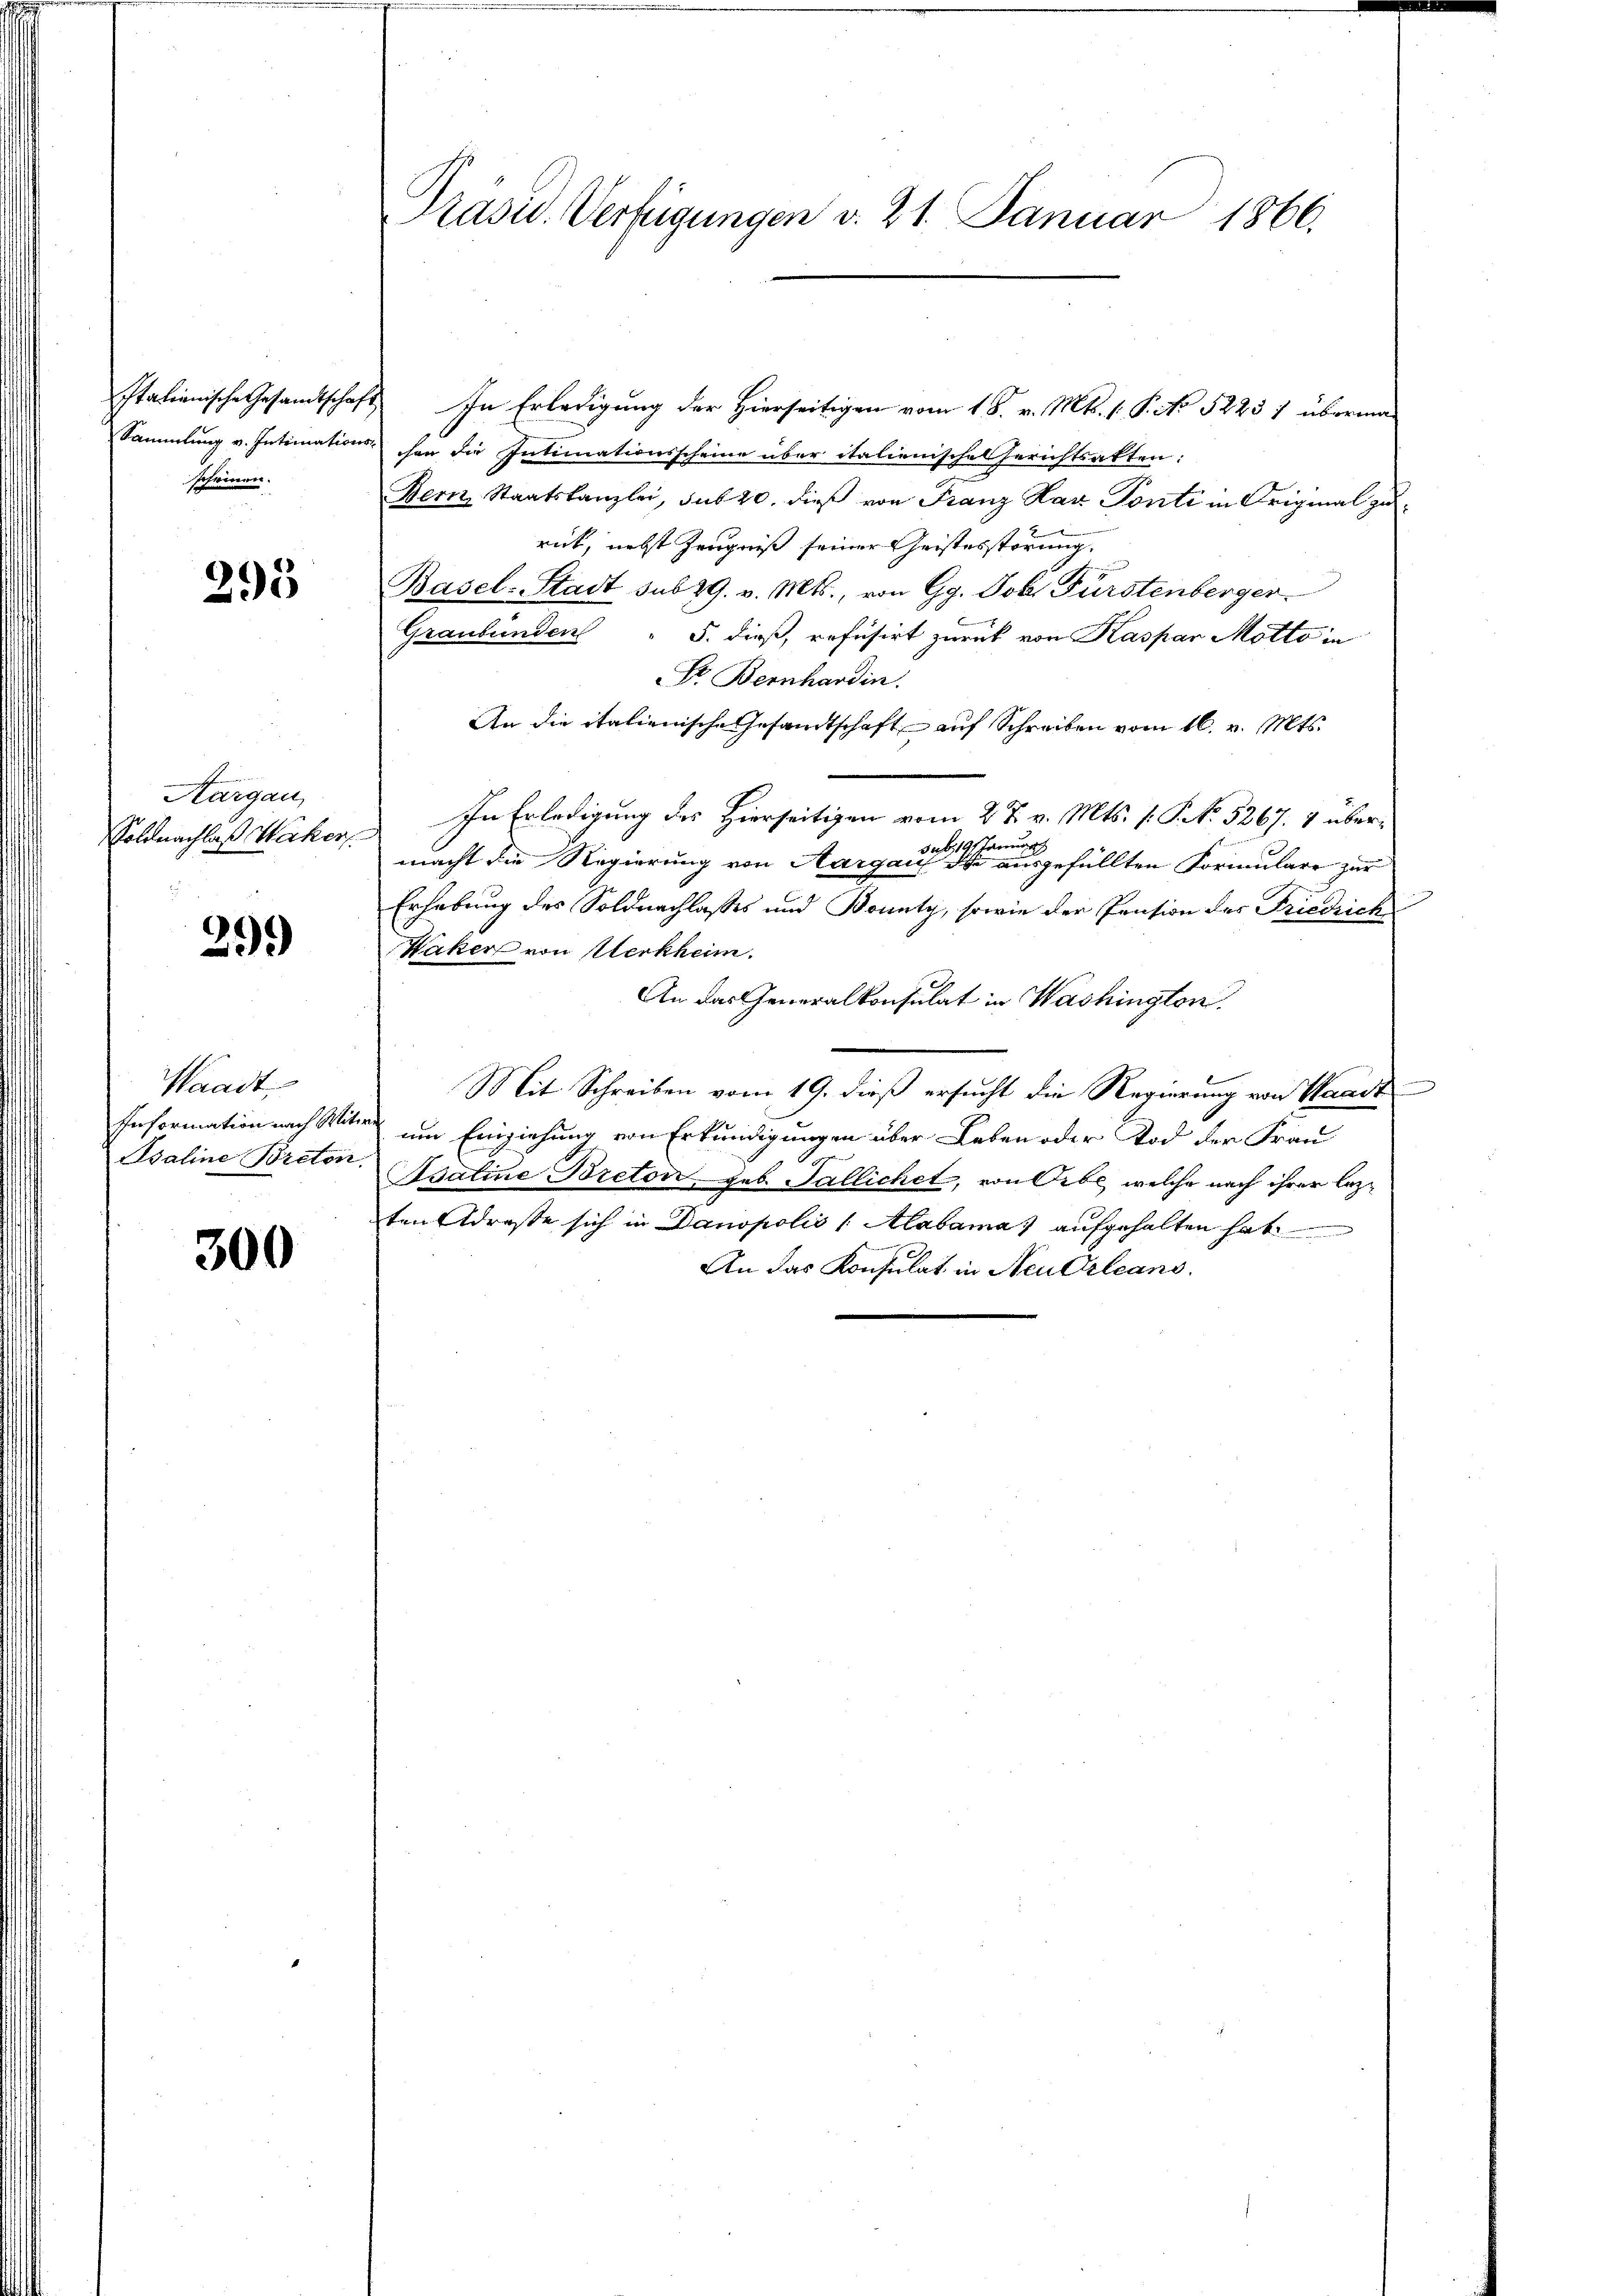
scheinen.

295

Aargau,

299

Waadt,

300

Präsid. Verfügungen v. 21. Januar 1866.

Italienische Gesamtschaft In Erledigung der Hierseitigen vom 18. v. M. 1. P. No 52237 überma
Sammlung v. Intimations her die Intimationsscheine über italienische Gerichtsakten:
Bern, Staatskanzlei, sub 20. dieß von Franz Harz Ponti in Original zurück, nebst Zeugniß seiner Geistesstörung.
Basel-Stadt sub 29. v. Mts., von Gg. Joh. Fürstenberger
Graubünden " 5. dieß, refusirt zurück von Kaspar Motto in
Dr. Bernhardin.
An die italienische Gesandtschaft auf Schreiben vom 16. v. Mts.
Soldnachlaß Wäcker, In Erledigung des Hierseitigen vom 27. v. Mts. s. S. 5267. 7 übersub 19 stande
macht die Regierung von Aargau die ausgefüllten Formulare zur
Erhebung des Soldnachlasses und Bounty, sowie der Pension des Friedrich
Waker von Werkheim.
An das Generalkonsulat in Washington
Mit Schreiben vom 19. dieß ersucht die Regierung von Waadt
Information nach Miter um Einziehung von Erkundigungen über Leben oder Tod der Frau
Asaline Breton. Agaline Breton, geb. Pallichet, von Orbe, welche nach ihrer lezten Adresse sich in Danopolis (Mabamas aufgehalten hat
An das Konsulat in Neu Orleans